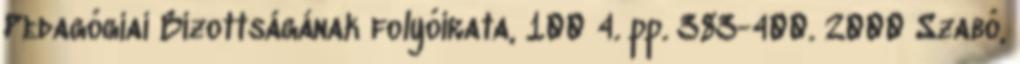
Pedagógiai Bizottságának folyóirata, 100 4. pp. 383-400. 2000 Szabó,